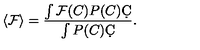
\langle \mathcal { F } \rangle = \frac { \int \mathcal { F } ( C ) P ( C ) \d C } { \int P ( C ) \d C } .